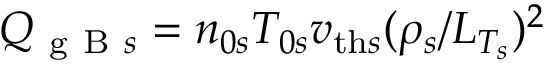
Q _ { \mathrm { ~ g ~ B ~ } s } = n _ { 0 s } T _ { 0 s } v _ { \mathrm { t h } s } ( \rho _ { s } / L _ { T _ { s } } ) ^ { 2 }